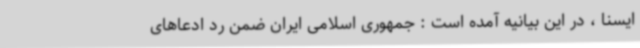
ایسنا ، در این بیانیه آمده است : جمهوری اسلامی ایران ضمن رد ادعاهای